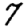
Digit: 7